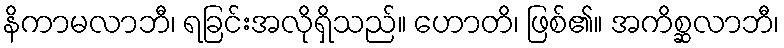
နိကာမလာဘီ၊ ရခြင်းအလိုရှိသည်။ ဟောတိ၊ ဖြစ်၏။ အကိစ္ဆလာဘီ၊